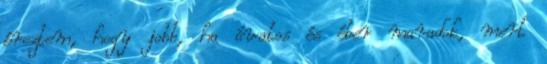
éreztem, hogy jobb, ha óvatos és éber maradok, mert